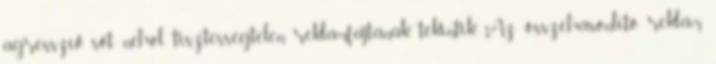
agresszív, sőt, néhol tisztességtelen reklámfajtának tekintik. Az összehasonlító reklám